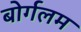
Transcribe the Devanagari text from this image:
बोर्गलम